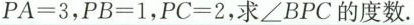
$$P A = 3$$，$$P B = 1$$，$$P C = 2$$，求∠ B P C 的度数。